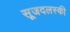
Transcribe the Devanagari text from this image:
सूजदलस्की